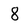
Character: 8